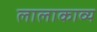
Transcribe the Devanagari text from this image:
लालाकाव्य